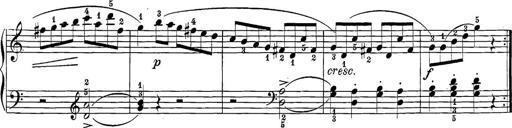
Title: 12 Sonatine per Pianoforte
Composer: Friedrich Kuhlau